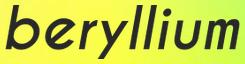
beryllium